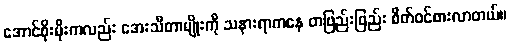
အောင်စိုးမိုးကလည်း အေးသီတာမျိုးကို သနားရာကနေ တဖြည်းဖြည်း စိတ်ဝင်စားလာတယ်။